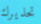
تحذيرك